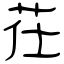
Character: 茌